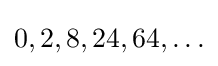
0,2,8,24,64,\ldots